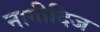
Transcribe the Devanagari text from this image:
नागीदिज